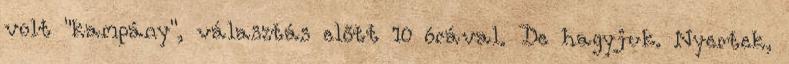
volt "kampány", választás előtt 10 órával. De hagyjuk. Nyertek,